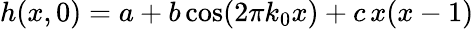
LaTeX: h(x,0)=a+b\cos(2\pi k_{0}x)+c\, x(x-1)